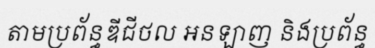
តាមប្រព័ន្ធឌីជីថល អនឡាញ និងប្រព័ន្ធ